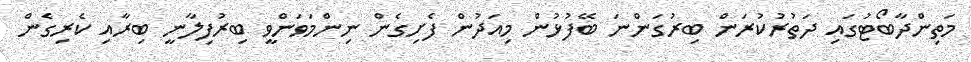
މަތިންދާބޯޓުގައި ދަތުރުކުރަން ބިރުގަންނަ ބޭފުޅުން މިއަދުން ފެށިގެން ނިންމަވަންވީ ބިރުފިލާނީ ބިރާއި ކެރިގެން